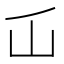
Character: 屲